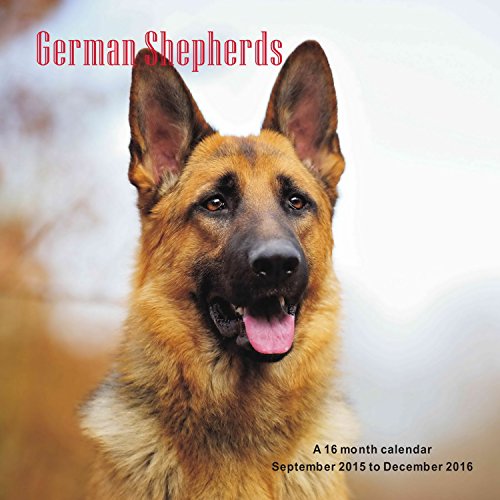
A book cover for German Shepherds Calendar - 2016 Wall calendars - Dog Calendars - Monthly Wall Calendar by Magnum; MegaCalendars; Calendars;